Burma Government Medical School reports 1923-41
Year: 1923
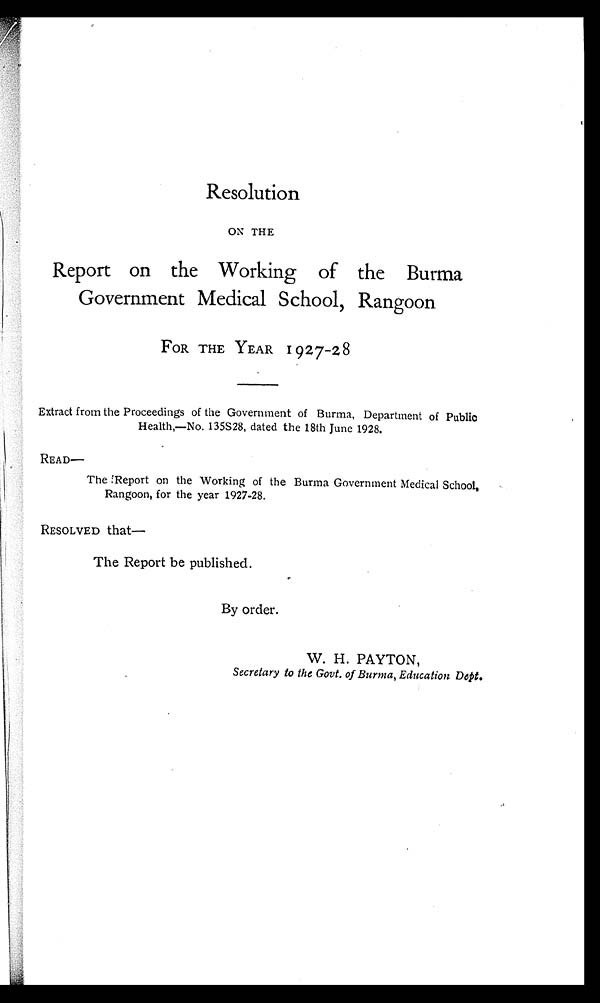
Resolution
ON THE
Report on the Working of the Burma
Government Medical School, Rangoon
FOR THE YEAR 1927-28
Extract from the Proceedings of the Government of Burma, Department of Public
Health,—No. 135S28, dated the 18th June 1928.
READ—
The Report on the Working of the Burma Government Medical School,
Rangoon, for the year 1927-28.
RESOLVED that—
The Report be published.
By order.
W. H. PAYTON,
Secretary to the Govt. of Burma, Education Dept.